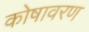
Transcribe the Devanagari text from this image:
कोषावरण